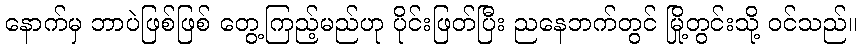
နောက်မှ ဘာပဲဖြစ်ဖြစ် တွေ့ကြည့်မည်ဟု ပိုင်းဖြတ်ပြီး ညနေဘက်တွင် မြို့တွင်းသို့ ဝင်သည်။